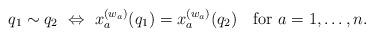
LaTeX: \begin{align*}q_1\sim q_2\ \Leftrightarrow\ x_a^{(w_a)}(q_1)=x_a^{(w_a)}(q_2)\ \ \mbox{ for}\ a=1,\ldots,n.\end{align*}